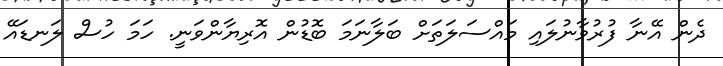
ދެން އޭނާ ފުރުވާނުލައި މައްސަލަތަށް ބަލާނަމަ ބޮޑުން އޮރިޔާންވަނީ. ހަމަ ހުސް ލަނޑައޭ